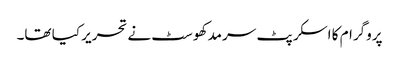
پروگرام کا اسکرپٹ سرمد کھوسٹ نے تحریر کیا تھا۔